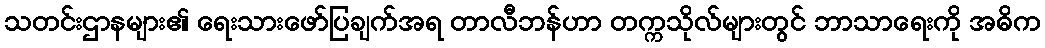
သတင်းဌာနများ၏ ရေးသားဖော်ပြချက်အရ တာလီဘန်ဟာ တက္ကသိုလ်များတွင် ဘာသာရေးကို အဓိက